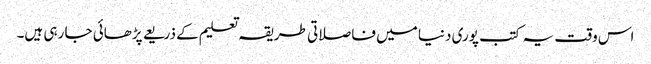
اس وقت یہ کتب پوری دنیا میں فاصلاتی طریقہ تعلیم کے ذریعے پڑھائی جا رہی ہیں۔